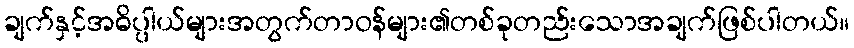
ချက်နှင့်အဓိပ္ပါယ်များအတွက်တာဝန်များ၏တစ်ခုတည်းသောအချက်ဖြစ်ပါတယ်။